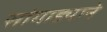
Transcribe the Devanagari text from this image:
सांगाड्याने